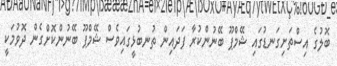
ބޮލުގެ އިސްތަށިގަނޑުގައި ޝޭމްޕޫ ބޭނުންކުރާ ފަދައިން ތުނބުޅީގައިވެސް ޝޭމްޕޫ ބޭނުންކޮށްގެން ދޮވުމަކީ